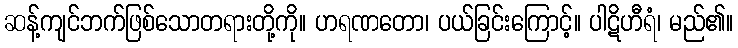
ဆန့်ကျင်ဘက်ဖြစ်သောတရားတို့ကို။ ဟရဏတော၊ ပယ်ခြင်းကြောင့်။ ပါဋိဟီရံ၊ မည်၏။